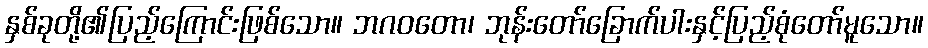
နှစ်ခုတို့၏ပြည့်ကြောင်းဖြစ်သော။ ဘဂဝတော၊ ဘုန်းတော်ခြောက်ပါးနှင့်ပြည့်စုံတော်မူသော။